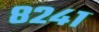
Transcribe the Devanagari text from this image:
८२४१